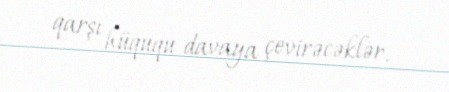
qarşı hüququ davaya çevirəcəklər.